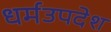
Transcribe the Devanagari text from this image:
धर्मउपदेश